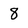
Character: 8